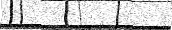
٢٢